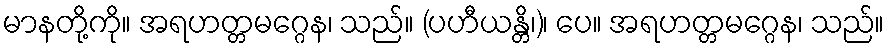
မာနတို့ကို။ အရဟတ္တမဂ္ဂေန၊ သည်။ (ပဟီယန္တိ၊)၊ ပေ။ အရဟတ္တမဂ္ဂေန၊ သည်။